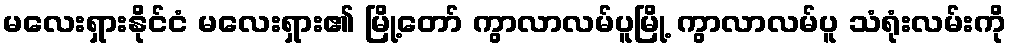
မလေးရှားနိုင်ငံ မလေးရှား၏ မြို့တော် ကွာလာလမ်ပူမြို့ ကွာလာလမ်ပူ သံရုံးလမ်းကို